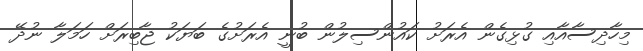
މިހާދިސާއާއި ގުޅިގެން އެރަށު ކައުންސިލުން ބުނީ އެރަށުގެ ބަޔަކު ޖާބިރަށް ހަމަލާ ނުދޭ